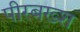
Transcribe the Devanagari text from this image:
पीरबख्श